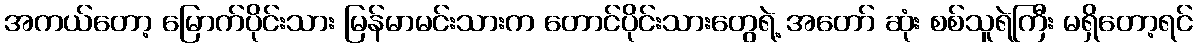
အကယ်တော့ မြောက်ပိုင်းသား မြန်မာမင်းသားက တောင်ပိုင်းသားတွေရဲ့ အတော် ဆုံး စစ်သူရဲကြီး မရှိတော့ရင်